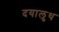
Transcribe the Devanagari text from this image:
दयालुथ